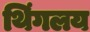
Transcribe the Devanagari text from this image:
थिंगलय